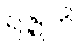
ရဇ္ဇူဟိ